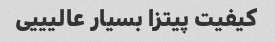
کیفیت پیتزا بسیار عالیییی